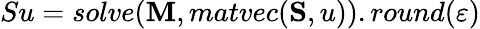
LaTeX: Su=solve(\mathbf{M},matvec(\mathbf{S},u)).round(\varepsilon)